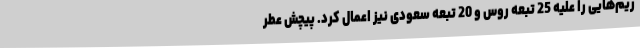
ریم‌هایی را علیه 25 تبعه روس و 20 تبعه سعودی نیز اعمال کرد. پیچش عطر